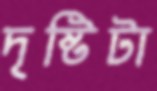
দৃষ্টিটা